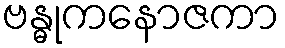
ဗန္ဓုကနောဇကာ